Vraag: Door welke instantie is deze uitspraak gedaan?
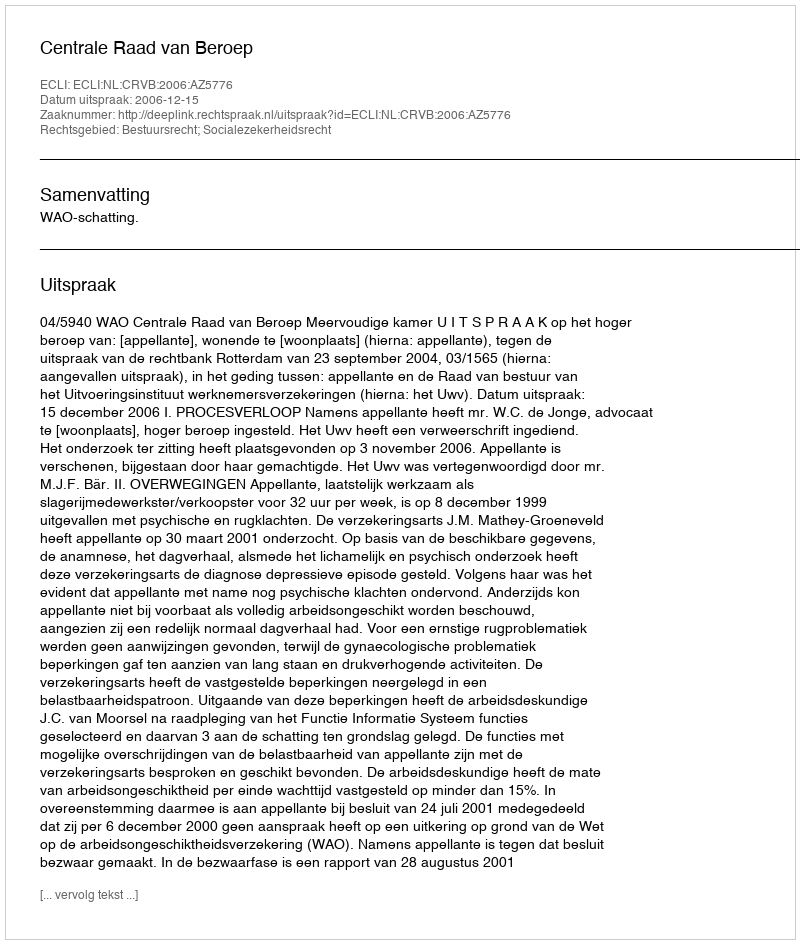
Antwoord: Centrale Raad van Beroep